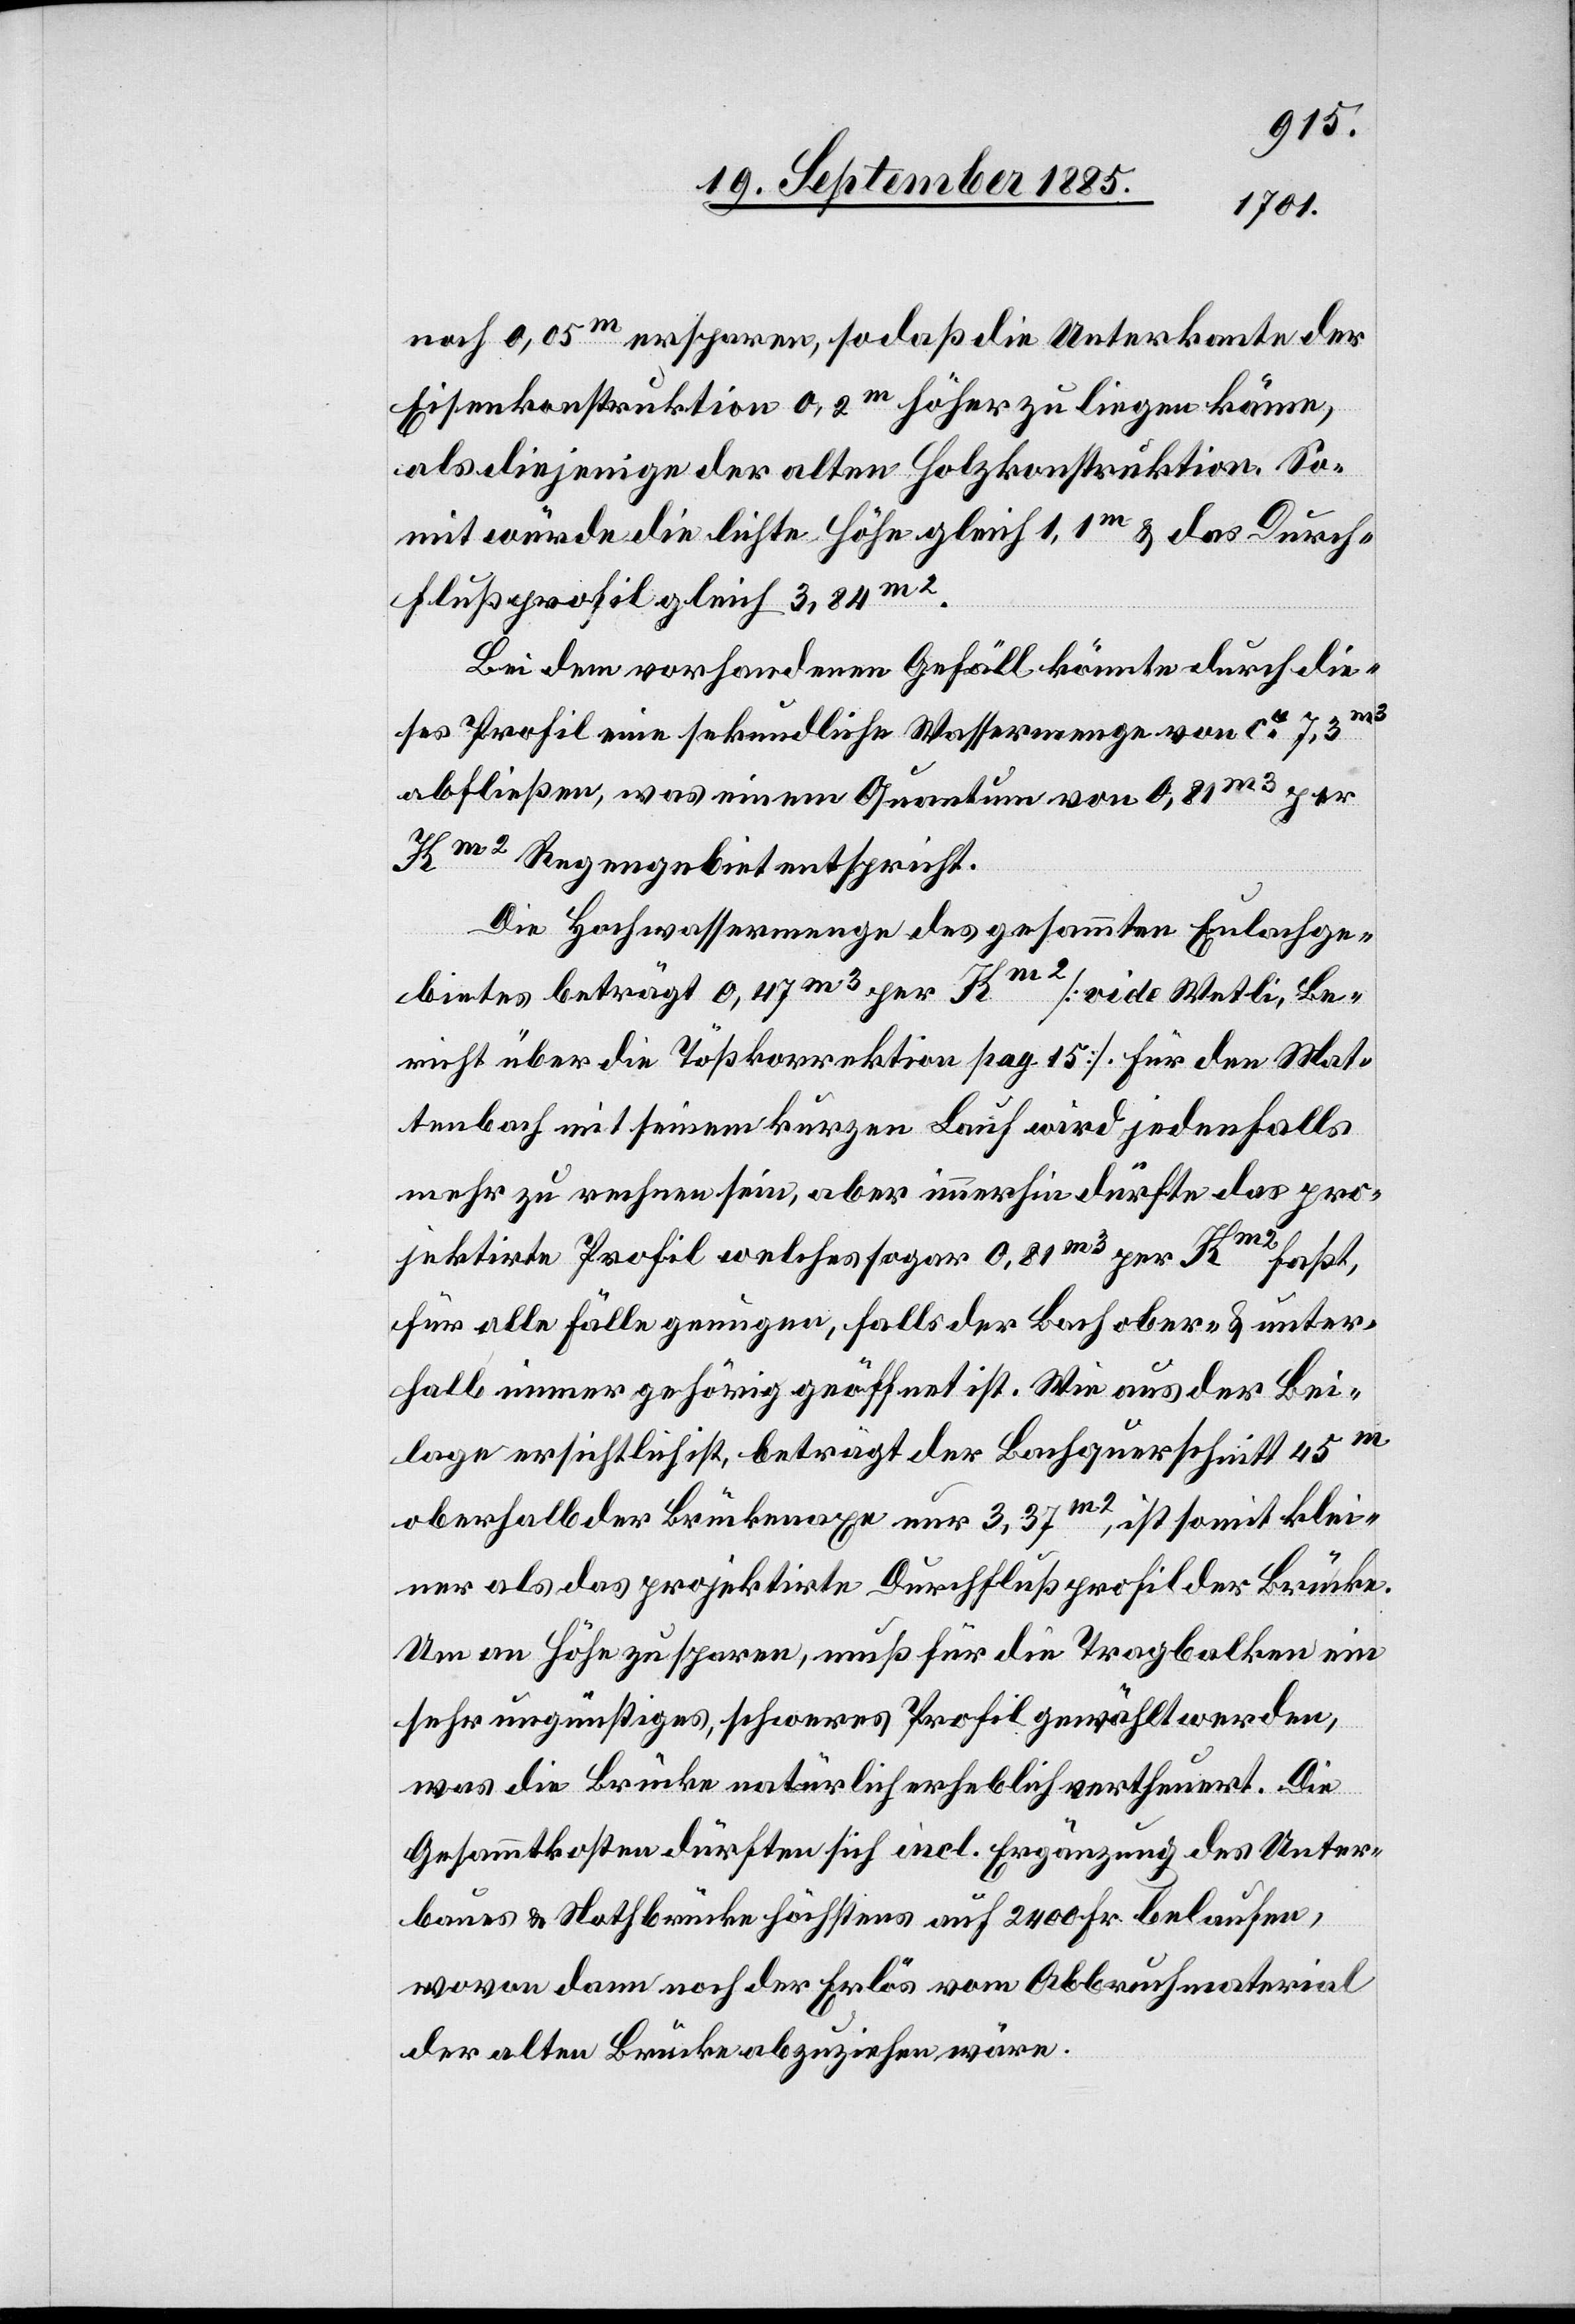
noch 0,05m ersparen, so daß die Unterkante der
Eisenkonstruktion 0,2m höher zu liegen käme,
als diejenige der alten Holzkonstruktion. So¬
mit würde die lichte Höhe gleich 1,1m & das Durch¬
flußprofil gleich 3,84m2.
Bei dem vorhandenen Gefäll könnte durch die¬
ses Profil eine sekundliche Wassermenge von ca 7,3m3
abfließen, was einem Quantum von 0,81m2 per
Km2 Regengebiet entspricht.
Die Hochwassermenge des gesammten Eulachge¬
bietes beträgt 0,47m3 per Km2 [vide Wetli, Be¬
richt über die Tößkorrektion pag 15]. Für den Mat¬
tenbach mit seinem kurzen Lauf wird jedenfalls
mehr zu rechnen sein, aber immerhin dürfte das pro¬
jektirte Profil welches sogar 0,81m3 per Km2 faßt,
für alle Fälle genügen, falls der Bach ober- & unter¬
halb immer gehörig geöffnet ist. Wie aus der Bei¬
lage ersichtlich ist, beträgt der Bachquerschnitt 45m
oberhalb der Brückenaxe nur 3,37m2, ist somit klei¬
ner als das projektirte Durchflußprofil der Brücke.
Um an Höhe zu sparen, muß für die Tragbalken ein
sehr ungünstiges, schweres Profil gewählt werden,
was die Brücke natürlich erheblich vertheuert. Die
Gesammtkosten dürften sich incl. Ergänzung des Unter¬
baues & Nothbrücke höchstens auf 2400 Fr. belaufen,
wovon dann noch der Erlös vom Abbruchmaterial
der alten Brücke abzuziehen wäre.